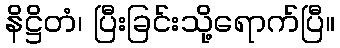
နိဋ္ဌိတံ၊ ပြီးခြင်းသို့ရောက်ပြီ။